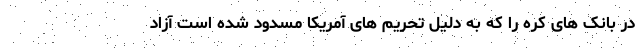
در بانک های کره را که به دلیل تحریم های آمریکا مسدود شده است آزاد